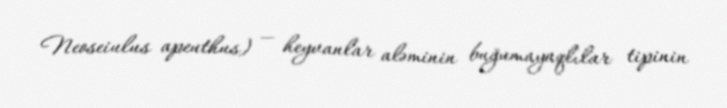
Neoseiulus apeuthus) — heyvanlar aləminin buğumayaqlılar tipinin